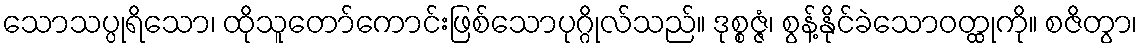
သောသပ္ပုရိသော၊ ထိုသူတော်ကောင်းဖြစ်သောပုဂ္ဂိုလ်သည်။ ဒုစ္စဇ္ဇံ၊ စွန့်နိုင်ခဲသောဝတ္ထုကို။ စဇိတွာ၊